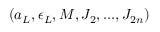
( a _ { \cal L } , \epsilon _ { \cal L } , M , J _ { 2 } , . . . , J _ { 2 n } )